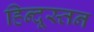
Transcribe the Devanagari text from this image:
हिन्दूस्तन